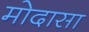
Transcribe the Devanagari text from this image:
मोदासा